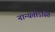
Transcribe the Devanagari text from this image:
नान्यतोऽस्ति